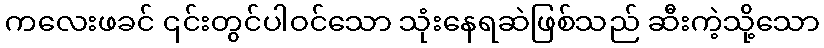
ကလေးဖခင် ၎င်းတွင်ပါဝင်သော သုံးနေရဆဲဖြစ်သည် ဆီးကဲ့သို့သော